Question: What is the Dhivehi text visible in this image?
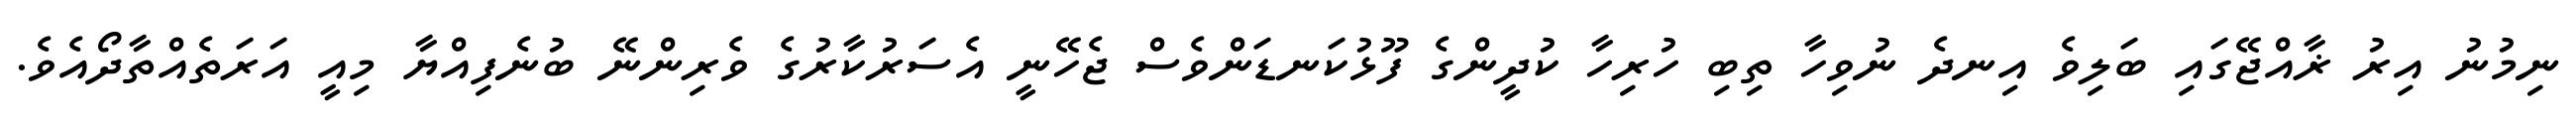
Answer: ނިމުނު އިރު ޜާއްޖޭގައި ބަލިވެ އިނދެ ނުވިހާ ތިބި ހުރިހާ ކުދީންގެ ފޫޅުކަނޑަންވެސް ޖެހޭނީ އެސަރުކާރުގެ ވެރިންނޭ ބުނެފިއްޔާ މިއީ އަރަތެއްތާދޯއެވެ.